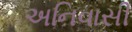
અનિવાસી